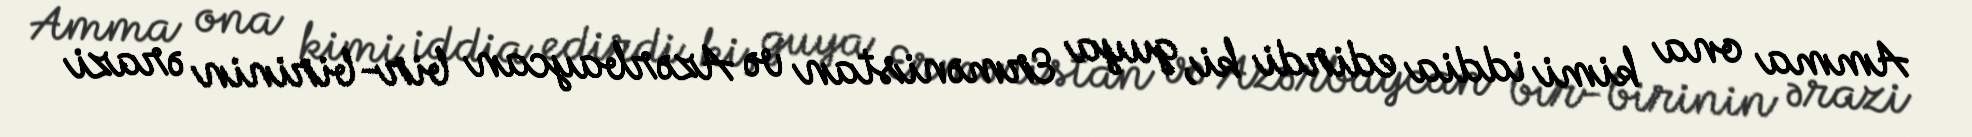
Amma ona kimi iddia edirdi ki, guya Ermənistan və Azərbaycan bir-birinin ərazi